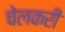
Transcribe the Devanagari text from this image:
चेलकरी